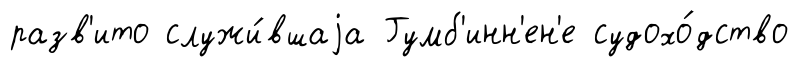
разв'ито служи́вшаjа Гумб'инн'ен'е судохо́дство